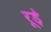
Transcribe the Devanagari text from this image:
रूड़े